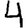
Digit: 4